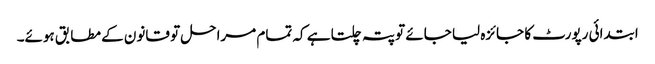
ابتدائی رپورٹ کا جائزہ لیا جائے تو پتہ چلتا ہے کہ تمام مراحل تو قانون کے مطابق ہوئے۔